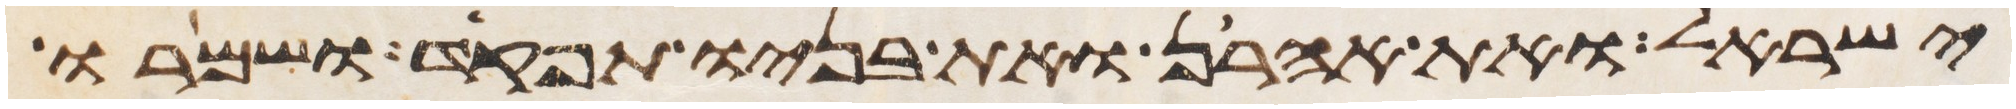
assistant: ישראל ואת אהרן ואת בניו תפקד ושמרו